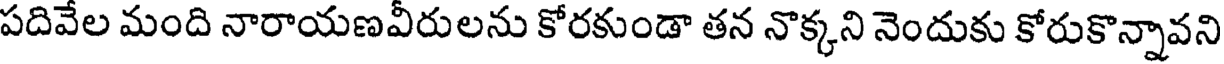
పదివేల మంది నారాయణవీరులను కోరకుండా తన నొక్కని నెందుకు కోరుకొన్నావని